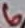
Text: 6